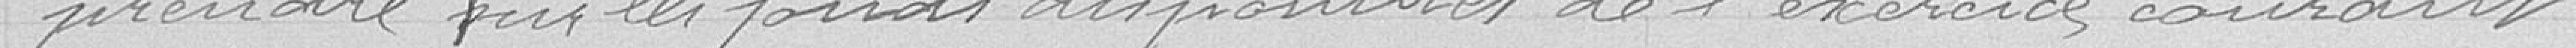
prendre sur les fonds disponibles de l'exercice courant.